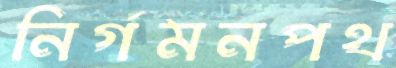
নির্গমনপথ